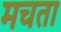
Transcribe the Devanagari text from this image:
मचता